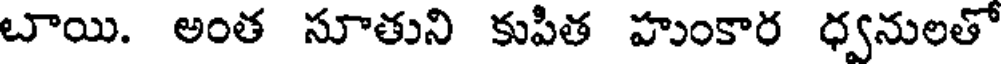
బాయి. అంత సూతుని కుపిత హుంకార ధ్వనులతో